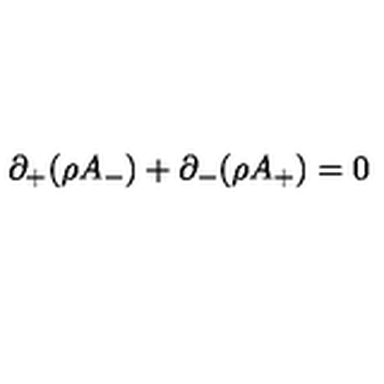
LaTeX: \partial _ { + } ( \rho A _ { - } ) + \partial _ { - } ( \rho A _ { + } ) = 0